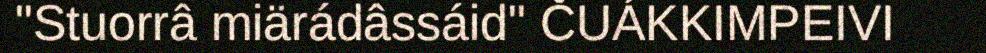
"Stuorrâ miärádâssáid" ČUÁKKIMPEIVI